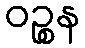
ဝဉ္စန